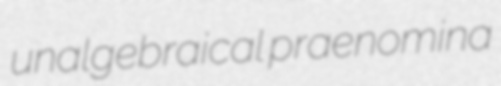
unalgebraical praenomina